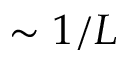
\sim 1 / L